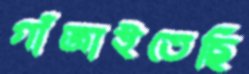
গাঁজাইতেছি